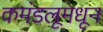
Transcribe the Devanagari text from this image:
कमंडलूमधून